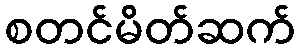
စတင်မိတ်ဆက်